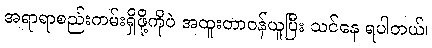
အရာရာစည်းကမ်းရှိဖို့ကိုပဲ အထူးတာဝန်ယူပြီး သင်နေ ရပါတယ်၊